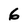
Character: 6